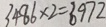
3 4 8 6 \times 2 = 6 9 7 2